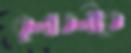
তুলাতলীতে